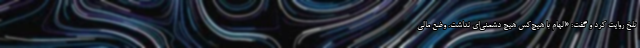
تلخ روایت کرد و گفت: «الهام با هیچ‌کس هیچ دشمنی‌ای نداشت. وضع مالی